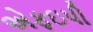
એફઇપી